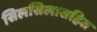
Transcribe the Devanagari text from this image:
सिलसिलासहित